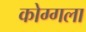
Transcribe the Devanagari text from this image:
कोग्गला